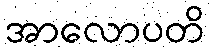
အာလောပတိ